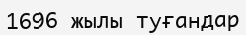
1696 жылы туғандар